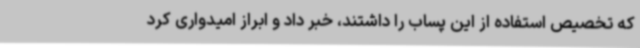
که تخصیص استفاده از این پساب را داشتند، خبر داد و ابراز امیدواری کرد